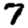
Digit: 7